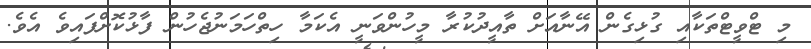
މި ޓްވީޓްތަކާއި ގުޅިގެން އޭނާއަށް ތާއީދުކުރާ މީހުންވަނީ އެކަމާ ހިތްހަމަނުޖެހުން ފާޅުކޮށްފައިވެ އެވެ.